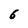
Character: 6